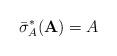
LaTeX: \begin{align*}\bar{\sigma}_{A}^{\ast}(\mathbf{A})=A\end{align*}